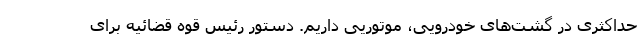
حداکثری در گشت‌های خودرویی، موتوریی داریم. دستور رئیس قوه قضائیه ‌برای